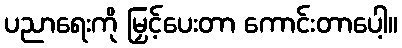
ပညာရေးကို မြှင့်ပေးတာ ကောင်းတာပေါ့။